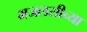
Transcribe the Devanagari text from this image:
मजलसीच्या